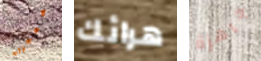
معجزات هرائك جاهزة